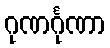
ဂုဏင်္ဂုဏာ